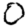
Digit: 0